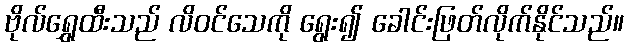
ဗိုလ်ရွှေထီးသည် လိဝင်သေကို ရွေး၍ ခေါင်းဖြတ်လိုက်နိုင်သည်။